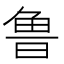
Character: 鲁